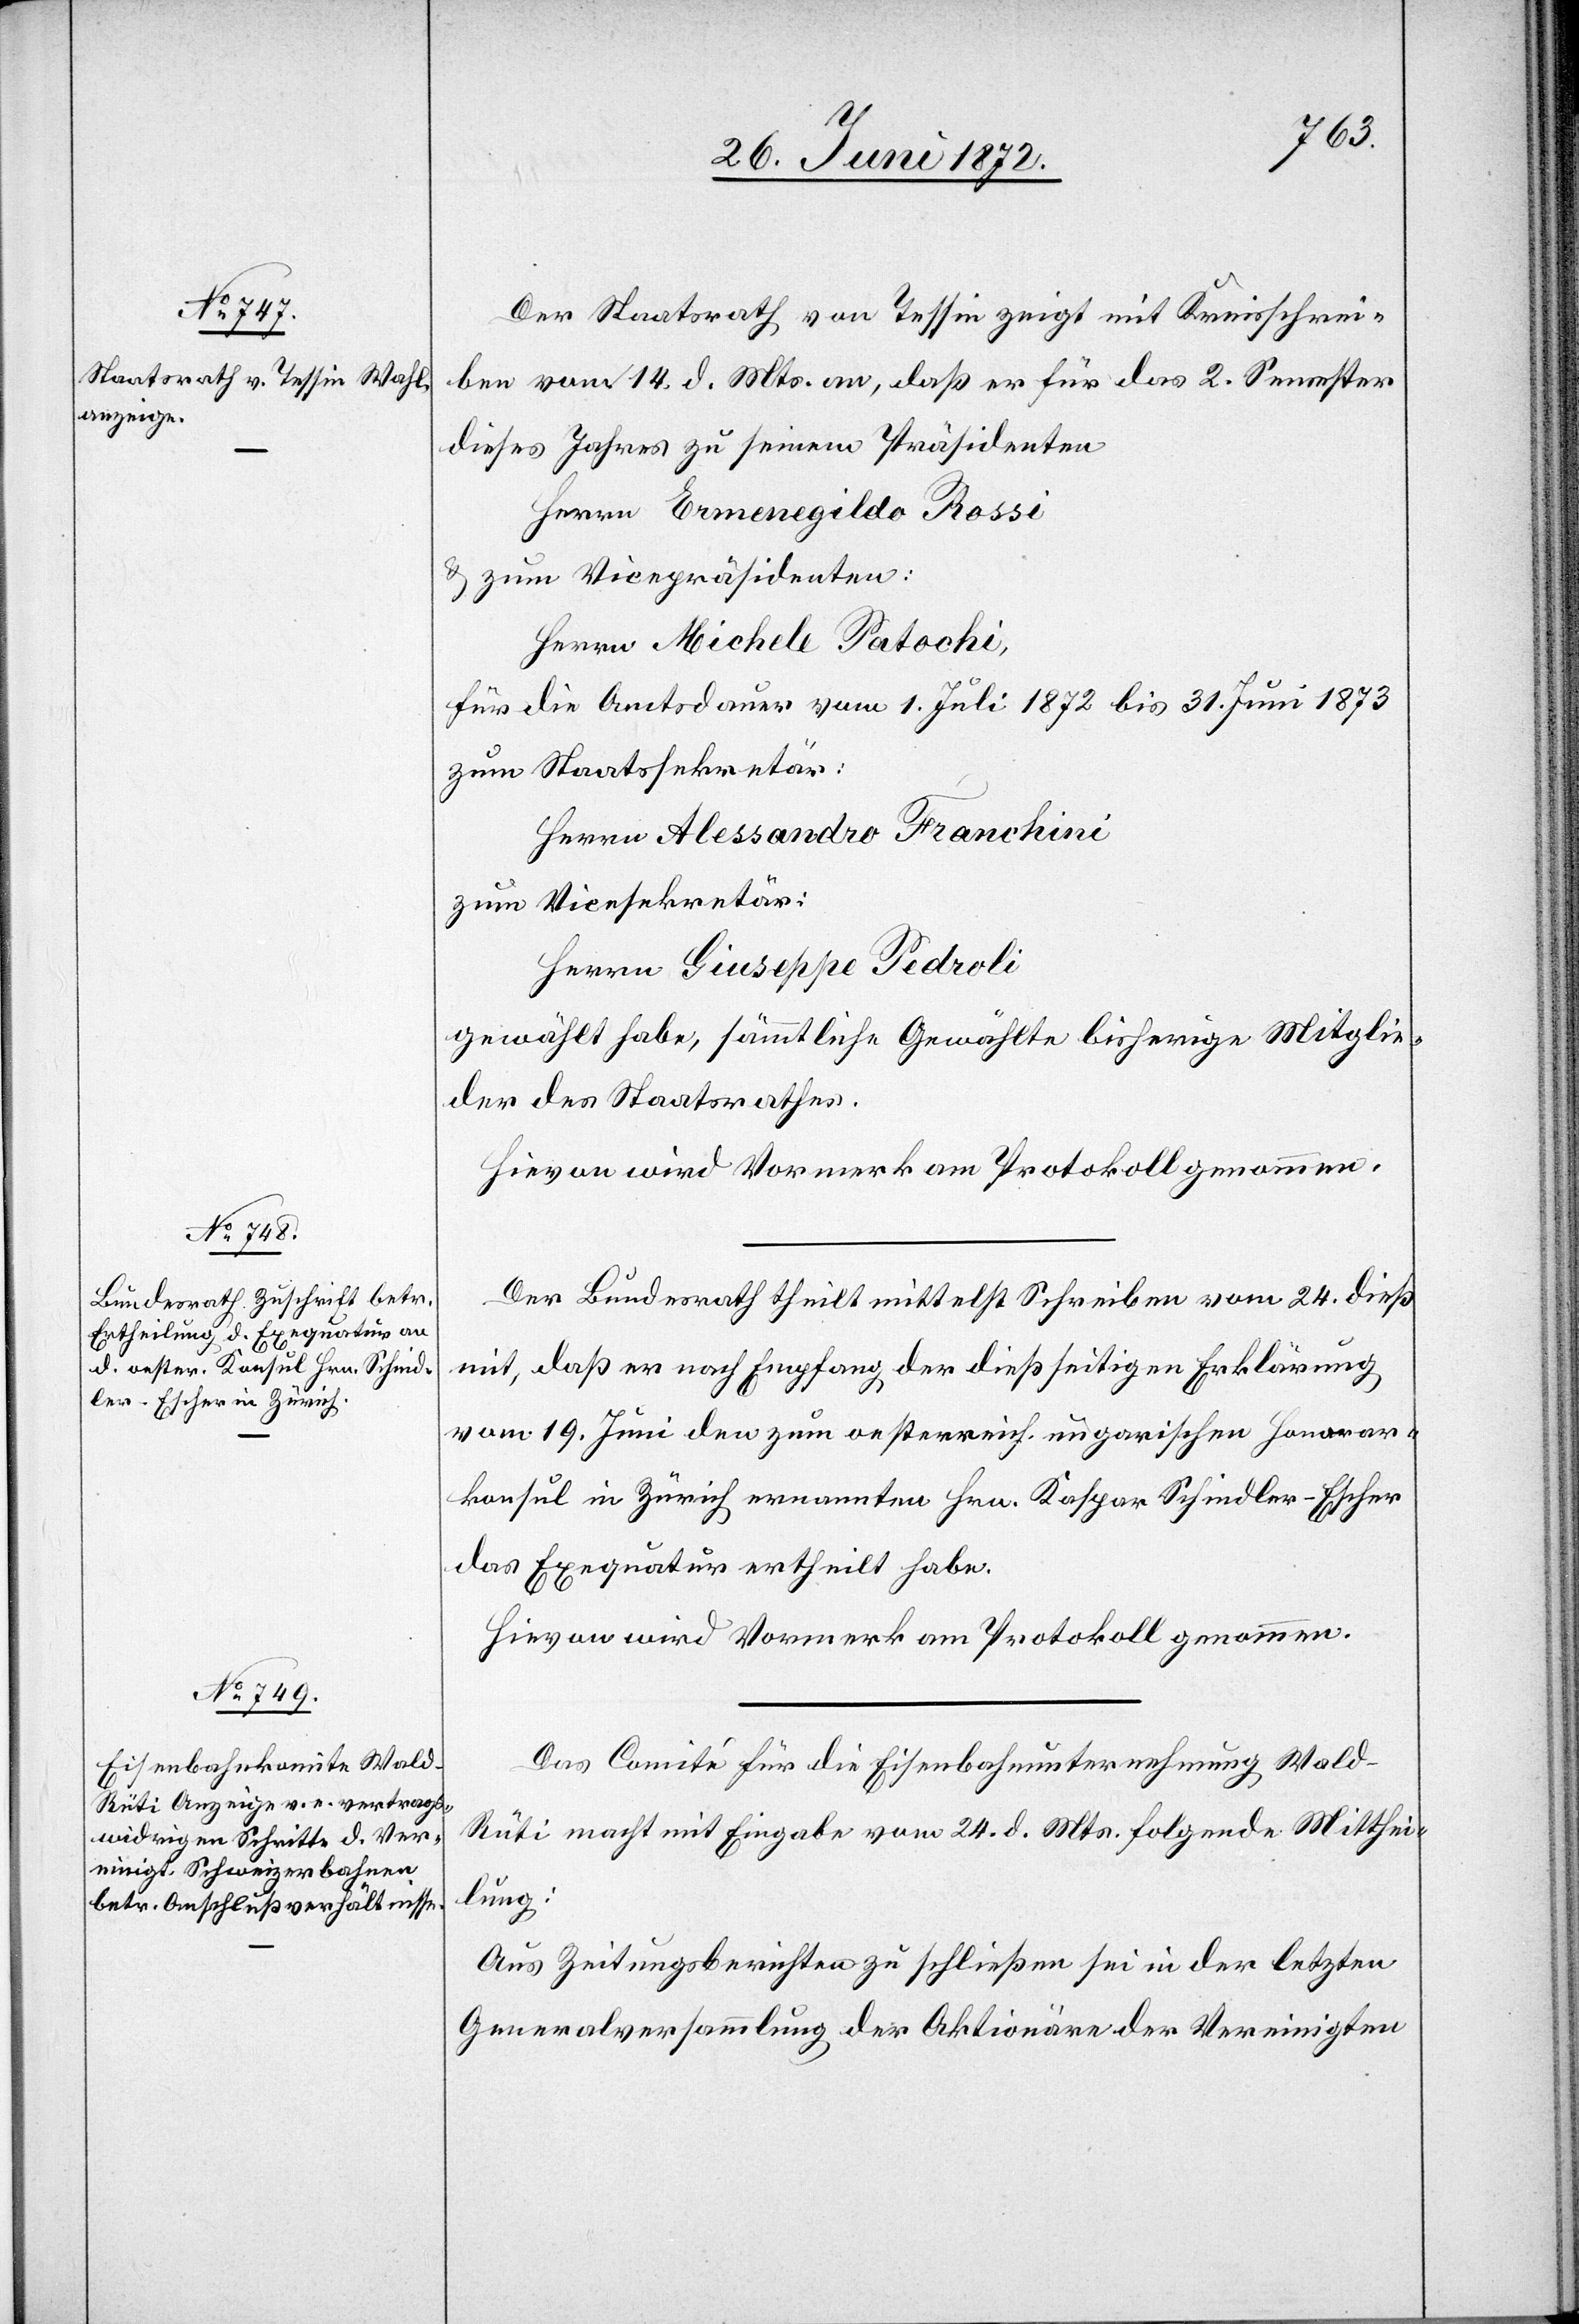
Der Staatsrath von Tessin zeigt mit Kreisschrei¬
ben vom 14. d. Mts. an, daß er für das 2. Semester
dieses Jahres zu seinem Präsidenten
Herrn Ermenegildo Rossi
u. zum Vicepräsidenten:
Herrn Michele Patochi,
für die Amtsdauer vom 1. Juli 1872 bis 31. Juni 1873
zum Staatssekretär:
Herrn Alessandro Franchini
zum Vicesekretär:
Herrn Giuseppe Pedroli
gewählt habe, sämmtliche Gewählte bisherige Mitglie¬
der des Staatsrathes.
Hievon wird Vormerk am Protokoll genommen.
Der Bundesrath theilt mittelst Schreiben vom 24. dieß
mit, daß er nach Empfang der dießseitigen Erklärung
vom 19. Juni den zum oesterreich. ungarischen Honorar¬
konsul in Zürich ernannten Hrn. Kaspar Schindler-Escher
das Exequatur ertheilt habe.
Hievon wird Vormerk am Protokoll genommen.
Das Comité für die Eisenbahnunternehmung Wald–R¬
üti macht mit Eingabe vom 24. d. Mts. folgende Mitthei¬
lung:
Aus Zeitungsberichten zu schließen sei in der letzten
Generalversammlung der Aktionäre der Vereinigten